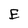
Character: E